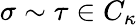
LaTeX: \sigma\sim\tau\in C_{\kappa}